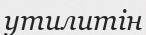
утилитін